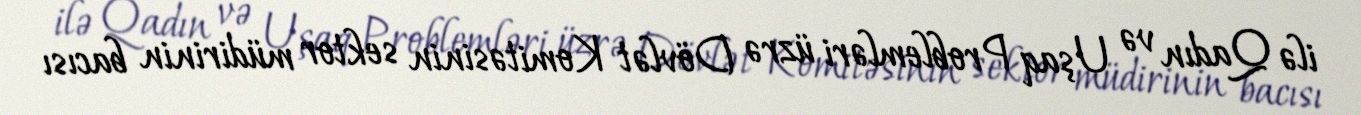
ilə Qadın və Uşaq Problemləri üzrə Dövlət Komitəsinin sektor müdirinin bacısı